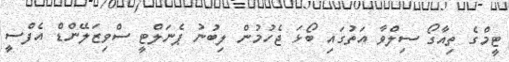
ޓީމްގެ ތިއާގޯ ސިލްވާ އަތުގައި ބޯޅަ ޖެހުމުން ލިބުނު ޕެނަލްޓީ ސްވިޒަލޭންޑް އެފްސީ